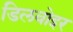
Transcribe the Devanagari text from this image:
डिलवोइर